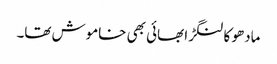
مادھو کا لنگڑا بھائی بھی خاموش تھا۔